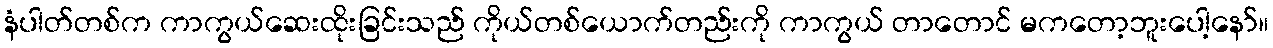
နံပါတ်တစ်က ကာကွယ်ဆေးထိုးခြင်းသည် ကိုယ်တစ်ယောက်တည်းကို ကာကွယ် တာတောင် မကတော့ဘူးပေါ့နော်။